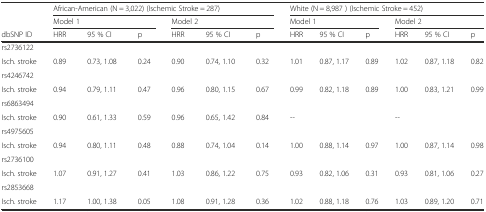
<table><thead><tr><td></td><td colspan="6"><b>African-American (N = 3,022) (Ischemic Stroke = 287)</b></td><td colspan="6"><b>White (N = 8,987 ) (Ischemic Stroke = 452)</b></td></tr><tr><td></td><td colspan="3"><b>Model 1</b></td><td colspan="3"><b>Model 2</b></td><td colspan="3"><b>Model 1</b></td><td colspan="3"><b>Model 2</b></td></tr><tr><td><b>dbSNP ID</b></td><td><b>HRR</b></td><td><b>95 % CI</b></td><td><b>p</b></td><td><b>HRR</b></td><td><b>95 % CI</b></td><td><b>p</b></td><td><b>HRR</b></td><td><b>95 % CI</b></td><td><b>p</b></td><td><b>HRR</b></td><td><b>95 % CI</b></td><td><b>p</b></td></tr></thead><tbody><tr><td>rs2736122</td><td></td><td></td><td></td><td></td><td></td><td></td><td></td><td></td><td></td><td></td><td></td><td></td></tr><tr><td>Isch. stroke</td><td>0.89</td><td>0.73, 1.08</td><td>0.24</td><td>0.90</td><td>0.74, 1.10</td><td>0.32</td><td>1.01</td><td>0.87, 1.17</td><td>0.89</td><td>1.02</td><td>0.87, 1.18</td><td>0.82</td></tr><tr><td>rs4246742</td><td></td><td></td><td></td><td></td><td></td><td></td><td></td><td></td><td></td><td></td><td></td><td></td></tr><tr><td>Isch. stroke</td><td>0.94</td><td>0.79, 1.11</td><td>0.47</td><td>0.96</td><td>0.80, 1.15</td><td>0.67</td><td>0.99</td><td>0.82, 1.18</td><td>0.89</td><td>1.00</td><td>0.83, 1.21</td><td>0.99</td></tr><tr><td>rs6863494</td><td></td><td></td><td></td><td></td><td></td><td></td><td></td><td></td><td></td><td></td><td></td><td></td></tr><tr><td>Isch. stroke</td><td>0.90</td><td>0.61, 1.33</td><td>0.59</td><td>0.96</td><td>0.65, 1.42</td><td>0.84</td><td>--</td><td></td><td></td><td>--</td><td></td><td></td></tr><tr><td>rs4975605</td><td></td><td></td><td></td><td></td><td></td><td></td><td></td><td></td><td></td><td></td><td></td><td></td></tr><tr><td>Isch. stroke</td><td>0.94</td><td>0.80, 1.11</td><td>0.48</td><td>0.88</td><td>0.74, 1.04</td><td>0.14</td><td>1.00</td><td>0.88, 1.14</td><td>0.97</td><td>1.00</td><td>0.87, 1.14</td><td>0.98</td></tr><tr><td>rs2736100</td><td></td><td></td><td></td><td></td><td></td><td></td><td></td><td></td><td></td><td></td><td></td><td></td></tr><tr><td>Isch. stroke</td><td>1.07</td><td>0.91, 1.27</td><td>0.41</td><td>1.03</td><td>0.86, 1.22</td><td>0.75</td><td>0.93</td><td>0.82, 1.06</td><td>0.31</td><td>0.93</td><td>0.81, 1.06</td><td>0.27</td></tr><tr><td>rs2853668</td><td></td><td></td><td></td><td></td><td></td><td></td><td></td><td></td><td></td><td></td><td></td><td></td></tr><tr><td>Isch. stroke</td><td>1.17</td><td>1.00, 1.38</td><td>0.05</td><td>1.08</td><td>0.91, 1.28</td><td>0.36</td><td>1.02</td><td>0.88, 1.18</td><td>0.76</td><td>1.03</td><td>0.89, 1.20</td><td>0.71</td></tr></tbody></table>